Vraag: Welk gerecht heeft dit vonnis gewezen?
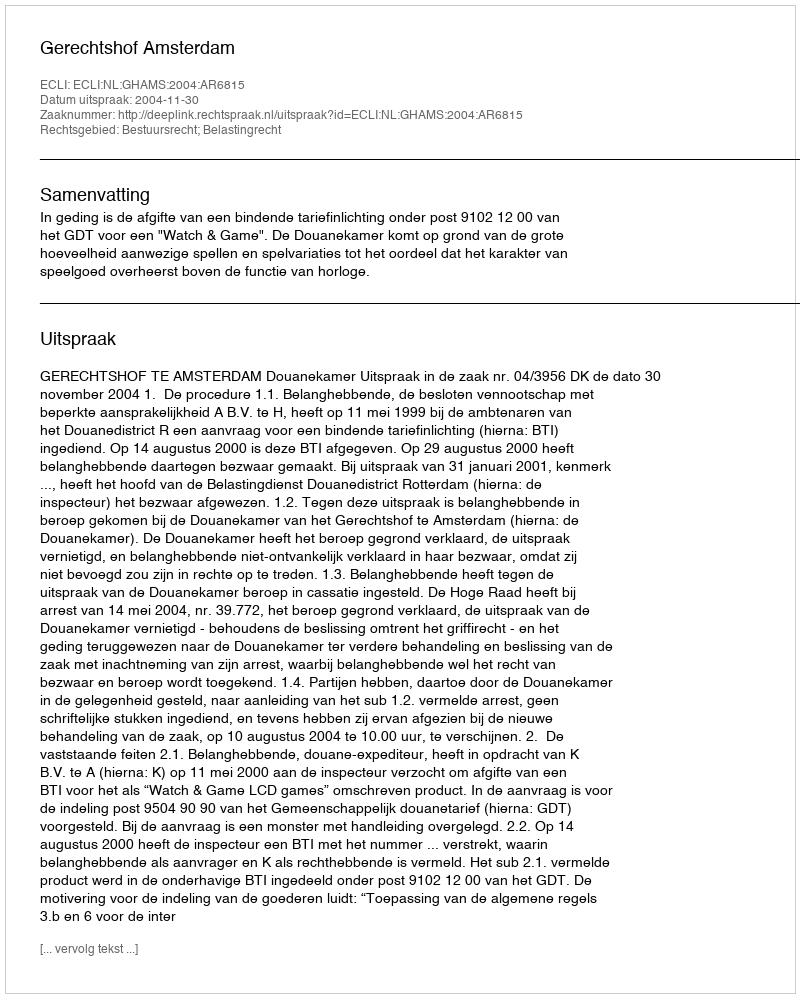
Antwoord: Gerechtshof Amsterdam